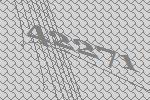
42271